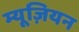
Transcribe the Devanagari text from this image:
म्यूज़ियन